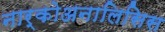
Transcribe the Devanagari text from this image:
नार्कोअनालिसिस